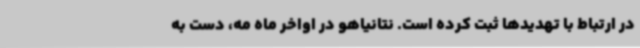
در ارتباط با تهدیدها ثبت کرده است. نتانیاهو در اواخر ماه مه، دست به